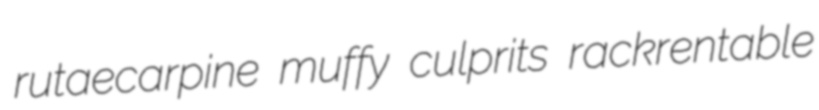
rutaecarpine muffy culprits rackrentable